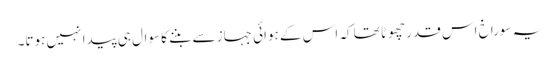
یہ سوراخ اس قدر چھوٹا تھا کہ اس کے ہوائی جہاز سے بننے کا سوال ہی پیدا نہیں ہوتا۔